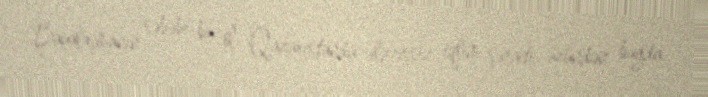
Bahalaşmanın səbəbi bu il Qazaxıstanda əlverişsiz iqlim şəraiti üzündən buğda